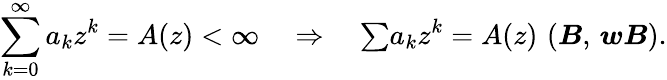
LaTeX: \sum_{k=0}^{\infty}a_{k}z^{k}=A(z)<\infty\quad\Rightarrow\quad{\textstyle\sum}a_{k}z^{k}=A(z)\, \, ({\boldsymbol{\mathit{B}}},\, {\boldsymbol{w\mathit{B}}}).